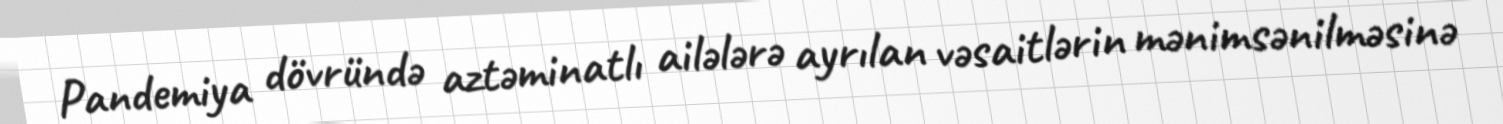
Pandemiya dövründə aztəminatlı ailələrə ayrılan vəsaitlərin mənimsənilməsinə